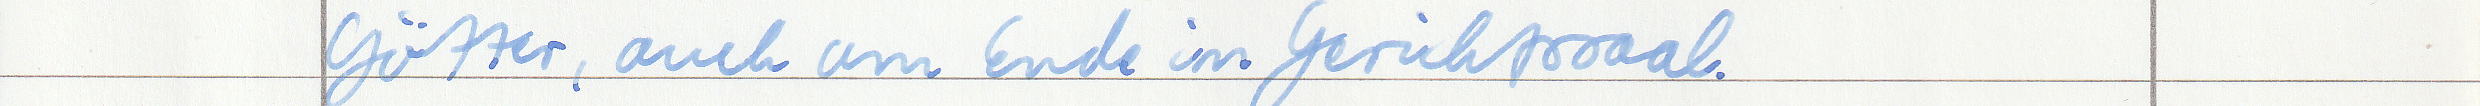
Götter, auch am Ende im Gerichtssaal.